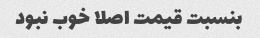
بنسبت قیمت اصلا خوب نبود